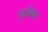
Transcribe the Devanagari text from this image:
प्युरेक्स